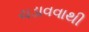
ચડાવવાથી